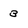
Character: 3